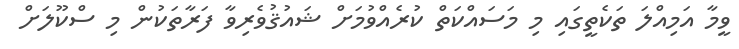
ވީމާ އަމިއްލަ ތަކެތީގައި މި މަސައްކަތް ކުރެއްވުމަށް ޝައުޤުވެރިވާ ފަރާތަކުން މި ސްކޫލަށް